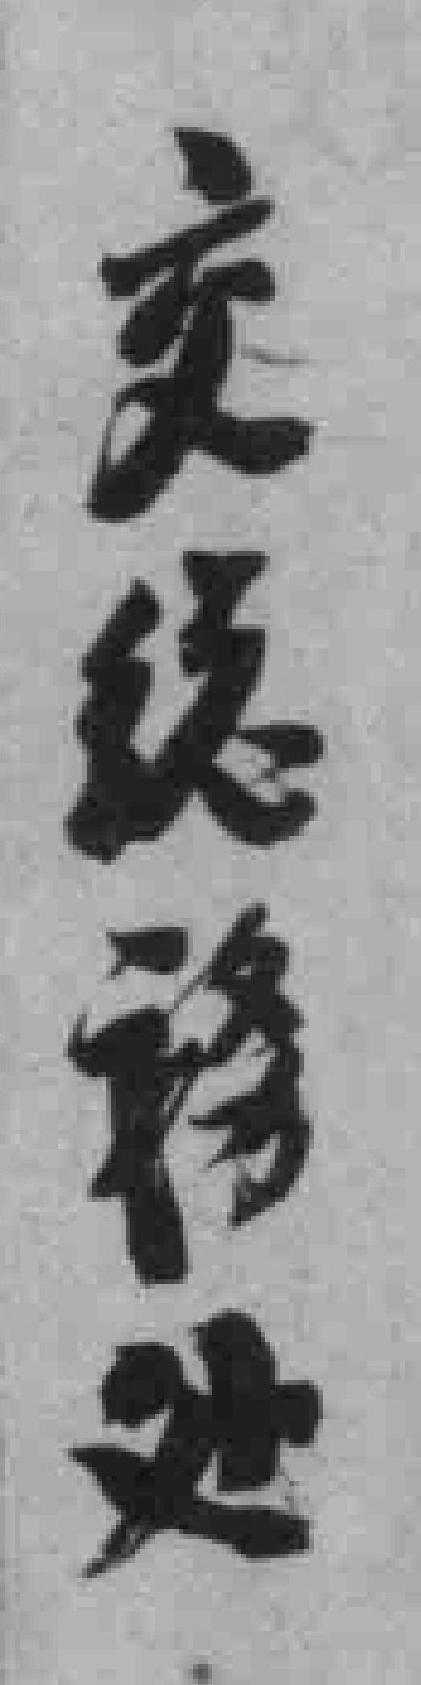
交總務边